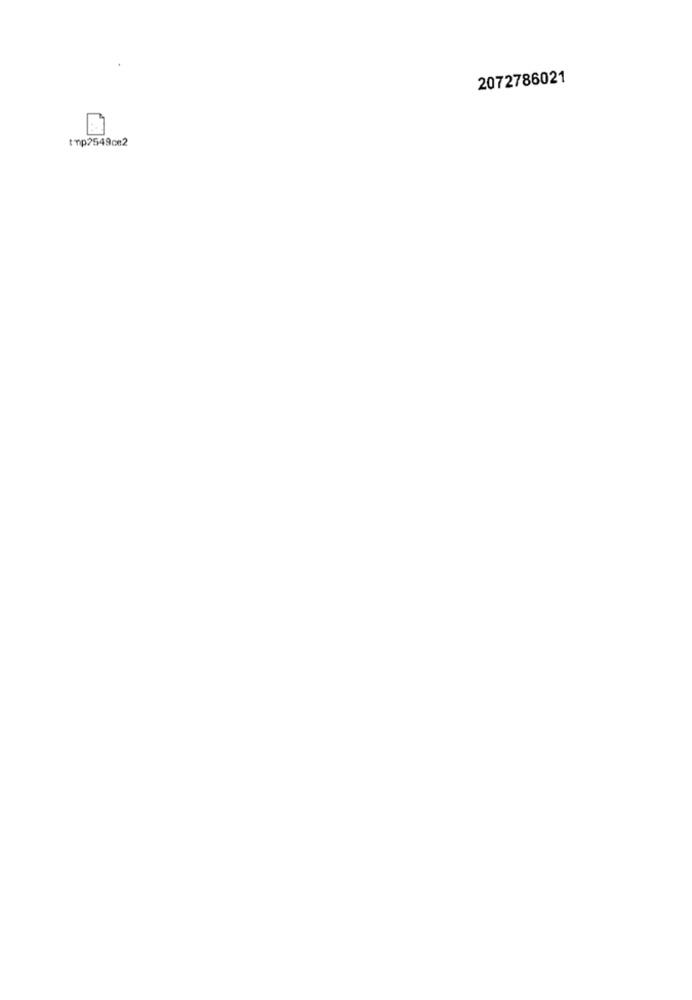
2072786021
tmp7549ce2